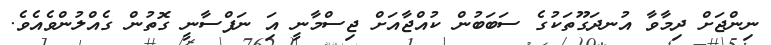
ނިންޖަށް ދިމާވާ އުނދަގޫތަކުގެ ސަބަބުން ކުއްޖާއަށް ޖިސްމާނީ އަި ނަފްސާނީ ގޮތުން ގެއްލުންވެއެވެ.